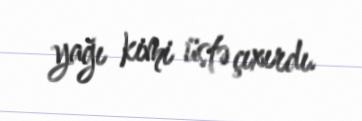
yağı kimi üstə çıxırdı.